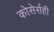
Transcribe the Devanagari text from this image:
कोसेर्सही